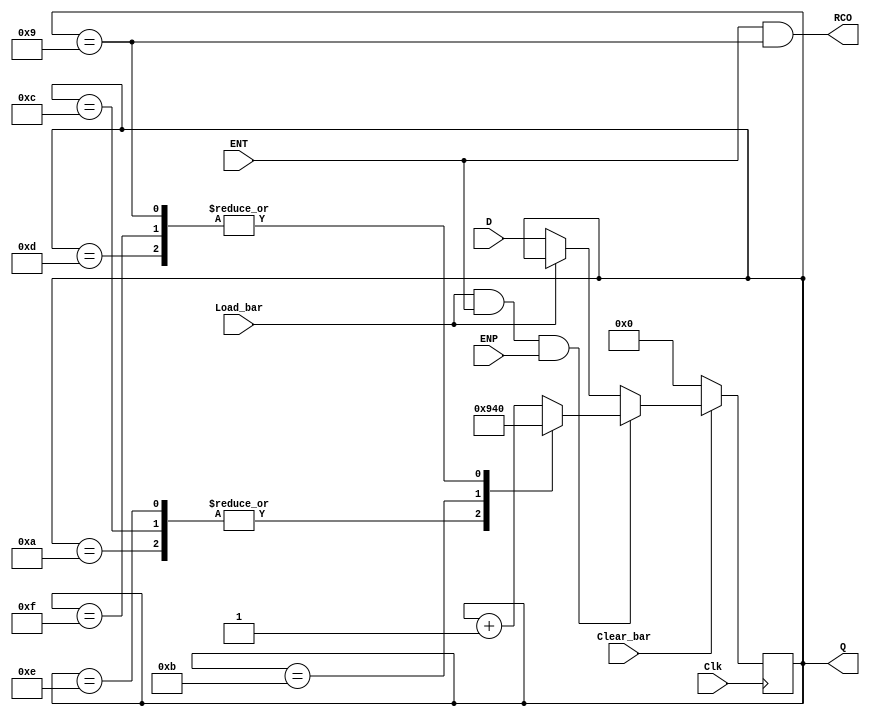
// This program was cloned from: https://github.com/TimRudy/ice-chips-verilog
// License: GNU General Public License v3.0

// 4-bit BCD decade counter with parallel load, synchronous clear

module ttl_74162 #(parameter WIDTH = 4, DELAY_RISE = 0, DELAY_FALL = 0)
(
  input Clear_bar,
  input Load_bar,
  input ENT,
  input ENP,
  input [WIDTH-1:0] D,
  input Clk,
  output RCO,
  output [WIDTH-1:0] Q
);

//------------------------------------------------//
wire RCO_current;
reg [WIDTH-1:0] Q_current;
wire [WIDTH-1:0] Q_next;

assign Q_next = Q_current + 1;

always @(posedge Clk)
begin
  if (!Clear_bar)
  begin
    Q_current <= 4'b0000;
  end
  else
  begin
    if (!Load_bar)
    begin
      Q_current <= D;
    end

    if (Load_bar && ENT && ENP)
    begin
      case (Q_current)
        // abnormal inputs above BCD 9: return to the count range
        4'b1010: Q_current <= 4'b1001;
        4'b1100: Q_current <= 4'b1001;
        4'b1110: Q_current <= 4'b1001;

        4'b1011: Q_current <= 4'b0100;

        4'b1101: Q_current <= 4'b0000;
        4'b1111: Q_current <= 4'b0000;

        // normal inputs
        4'b1001: Q_current <= 4'b0000;
        default: Q_current <= Q_next;
      endcase
    end
  end
end

// output
assign RCO_current = ENT && Q_current == 4'b1001;

//------------------------------------------------//

assign #(DELAY_RISE, DELAY_FALL) RCO = RCO_current;
assign #(DELAY_RISE, DELAY_FALL) Q = Q_current;

endmodule